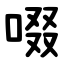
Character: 啜